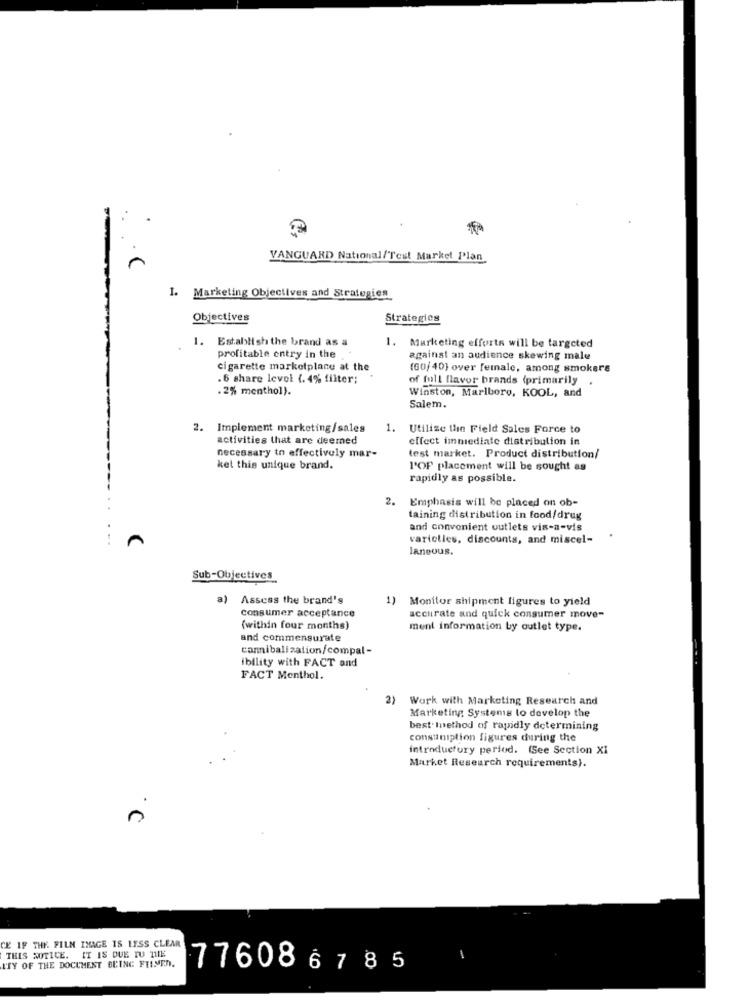
VANGUARD National/Test Market Plan
I. Marketing Objectives and Strategies
Objectives
Strategies
1. Establish the brand as a
1. Marketing efforts will be targeted
profitable entry in the
against an audience skewing male
cigarette marketplace at the
(60/ 40} over female, among smokers
.6 share level (. 4% filter;
of full flavor brands (primarily .
.2% menthol).
Winston, Marlboro, KOOL, and
Salem.
2. Implement marketing/sales
1.
Utilize the Field Sales Force to
activities that are deemed
effect immediate distribution in
necessary to effectively mar-
test market. Product distribution/
ket this unique brand.
l'OF placement will be sought as
rapidly as possible.
2.
Emphasis will be placed on ob-
taining distribution in food/drug
and convenient outlets vis-a-vis
varieties, discounts, and miscel-
.
laneous.
Sub-Objectives
a)
Assess the brand's
1) Monitor shipment figures to yield
consumer acceptance
accurate and quick consumer move-
(within four months)
ment information by outlet type.
and commensurate
cannibalization/compal-
ibility with FACT and
FACT Menthol.
2)
Work with Marketing Research and
Marketing Systems to develop the
best method of rapidly determining
consumption figures during the
introductory period. (See Section XI
Market Research requirements).
C
CE IF THE FILM IMAGE IS LESS CLEAR
THIS NOTICE. IT IS DUE TU TIE
L'TY OF THE DOCUMENT BEING FILMEN.
776086785